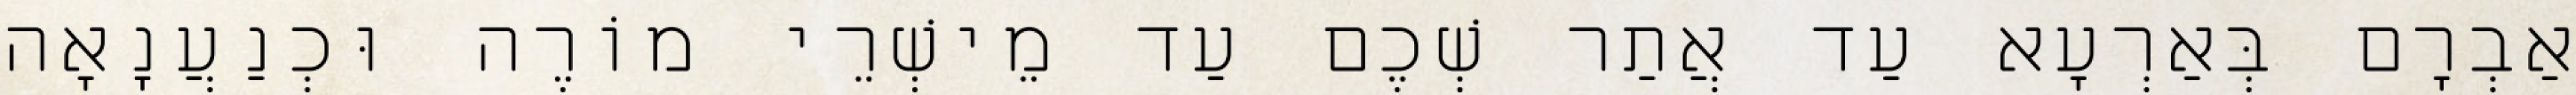
אַבְרָם בְּאַרְעָא עַד אֲתַר שְׁכֶם עַד מֵישְׁרֵי מוֹרֶה וּכְנַעֲנָאָה